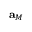
\mathbf { a } _ { M }